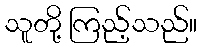
သူတို့ ကြည့်သည်။